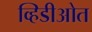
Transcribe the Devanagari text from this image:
व्हिडीओत